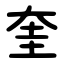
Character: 奎